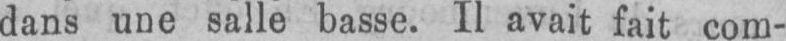
dans une salle basse. Il avait fait com-